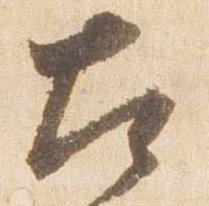
左